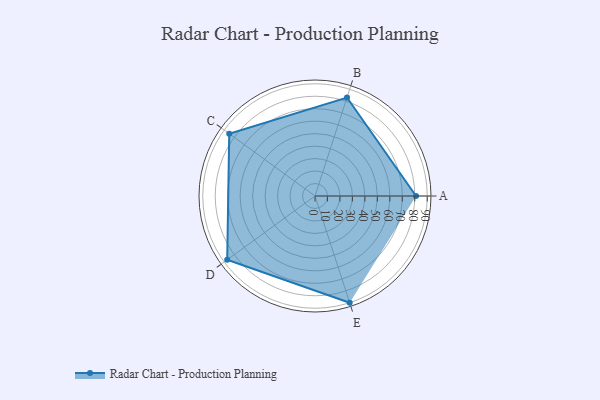
{"axis": {"x": "Skill", "y": "Score"}, "legend": ["Profile"], "data": [{"x": "A", "y": 81.0, "type": "Profile"}, {"x": "B", "y": 83.0, "type": "Profile"}, {"x": "C", "y": 85.0, "type": "Profile"}, {"x": "D", "y": 87.0, "type": "Profile"}, {"x": "E", "y": 90.0, "type": "Profile"}]}